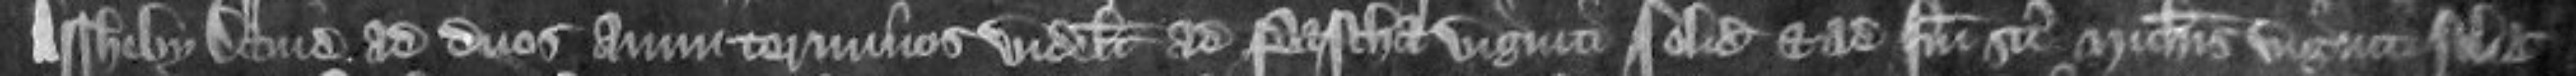
Assheby David ad duos anni terminos videlicet ad Pascham viginti solidos et ad festum Sancti Michaelis viginti solidos